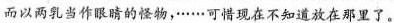
而以两乳当作眼睛的怪物，……可惜现在不知道放在那里了。